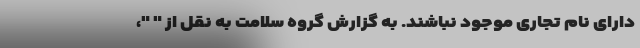
دارای نام تجاری موجود نباشند. به گزارش گروه سلامت به نقل از " "،